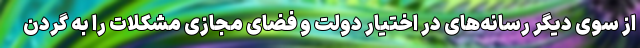
از سوی دیگر رسانه‌های در اختیار دولت و فضای مجازی مشکلات را به گردن